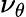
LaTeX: \nu_{\theta}